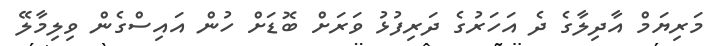
މަރިޔަމް އާދިލާގެ ދެ އަހަރުގެ ދަރިފުޅު ވަރަށް ބޮޑަށް ހުން އައިސްގެން ވިލިމާލޭ